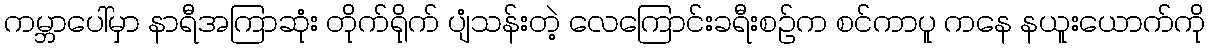
ကမ္ဘာပေါ်မှာ နာရီအကြာဆုံး တိုက်ရိုက် ပျံသန်းတဲ့ လေကြောင်းခရီးစဉ်က စင်ကာပူ ကနေ နယူးယောက်ကို